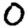
Digit: 0